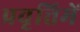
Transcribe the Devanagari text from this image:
प्रवृत्तिमें